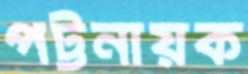
পট্টনায়ক